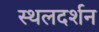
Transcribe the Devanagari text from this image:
स्थलदर्शन